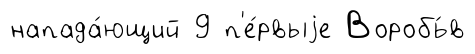
напада́ющий 9 п'е́рвыjе Воробь́в